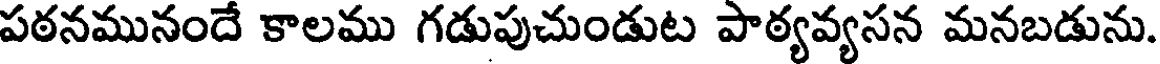
పఠనమునందే కాలము గడుపుచుండుట పాఠ్యవ్యసన మనబడును.